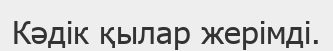
Кәдік қылар жерімді.